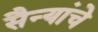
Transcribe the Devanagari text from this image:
सैन्यांचे